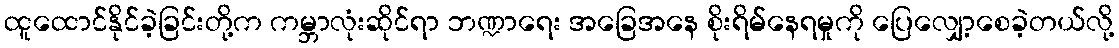
ထူထောင်နိုင်ခဲ့ခြင်းတို့က ကမ္ဘာလုံးဆိုင်ရာ ဘဏ္ဍာရေး အခြေအနေ စိုးရိမ်နေရမှုကို ပြေလျှော့စေခဲ့တယ်လို့